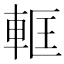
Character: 軭